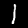
Label: 1